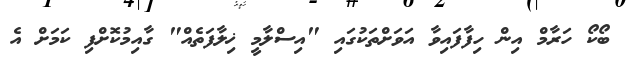
ބޯކޯ ހަރާމް އިން ހިފާފައިވާ އަވަށްތަކުގައި "އިސްލާމީ ޚިލާފަތެއް" ގާއިމުކޮށްފި ކަމަށް އެ